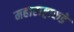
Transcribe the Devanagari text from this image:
महाराष्ट्राकडे